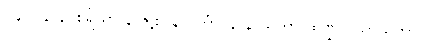
၁၄၁။ န နဂ္ဂစရိယာ န ဇဋာ န ပင်္ကာ၊ နာနာသကာ ထဏ္ဍိလသာယိကာ ဝါ။